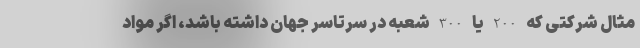
مثال شرکتی که 200 یا 300 شعبه در سرتاسر جهان داشته باشد، اگر مواد